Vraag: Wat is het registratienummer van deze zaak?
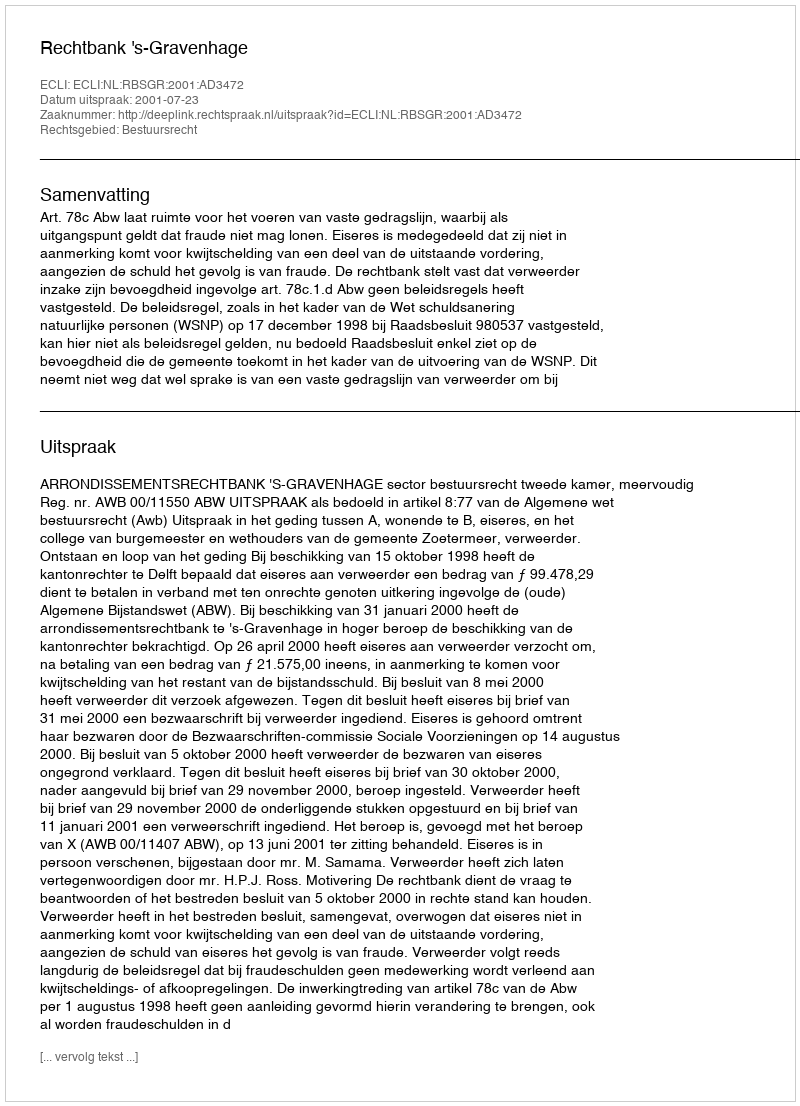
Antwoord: http://deeplink.rechtspraak.nl/uitspraak?id=ECLI:NL:RBSGR:2001:AD3472